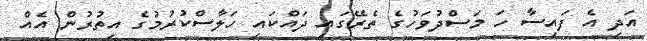
އަދި އެ ފައިސާ ހަ މަސްދުވަހުގެ ތެރޭގައި ދައްކައި ހަލާސްކުރުމުގެ އިތުރުން އެއް